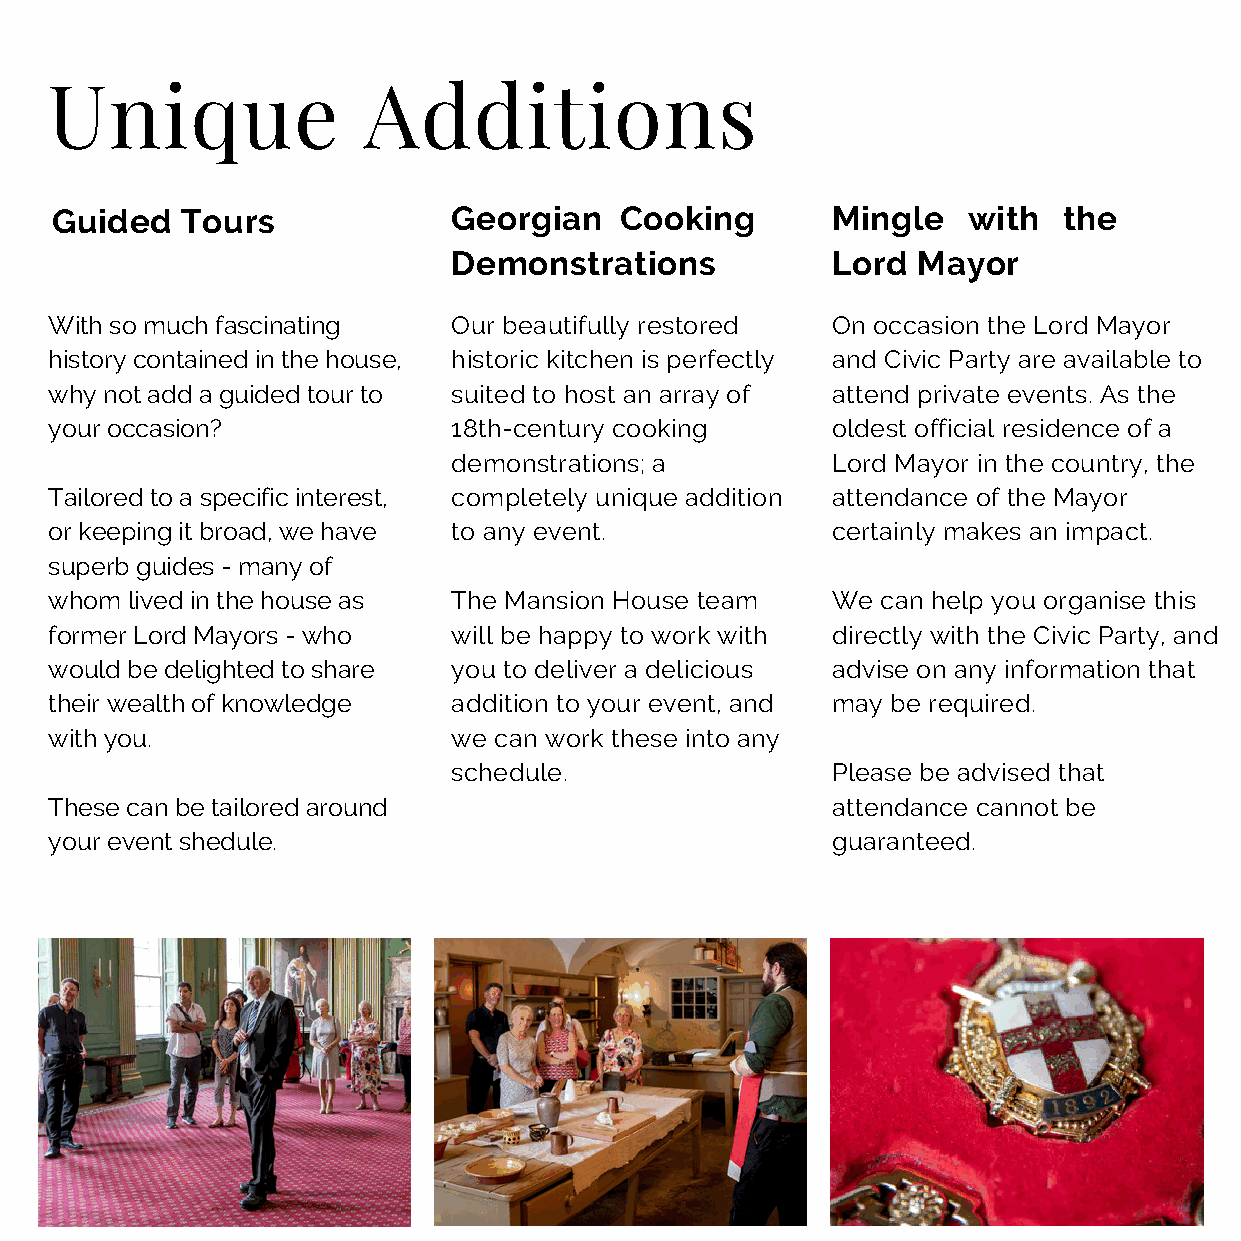
Unique               Additions
 Guided   Tours             Georgian   Cooking       Mingle   with  the
 Demonstrations           Lord  Mayor
 With so much fascinating   Our beautifully restored On occasion the Lord Mayor
 history contained in the house, historic kitchen is perfectly and Civic Party are available to
 why not add a guided tour to suited to host an array of attend private events. As the
 your occasion?             18th-century cooking     oldest official residence of a
 demonstrations; a        Lord Mayor in the country, the
 Tailored to a specific interest, completely unique addition attendance of the Mayor
 or keeping it broad, we have to any event.          certainly makes an impact.
 superb guides - many of
 whom lived in the house as The Mansion House team   We can help you organise this
 former Lord Mayors - who   will be happy to work with directly with the Civic Party, and
 would be delighted to share you to deliver a delicious advise on any information that
 their wealth of knowledge  addition to your event, and may be required.
 with you.                  we can work these into any
 schedule.                Please be advised that
 These can be tailored around                        attendance cannot be
 your event shedule.                                 guaranteed.